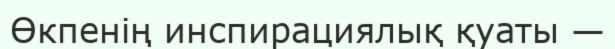
Өкпенің инспирациялық қуаты —